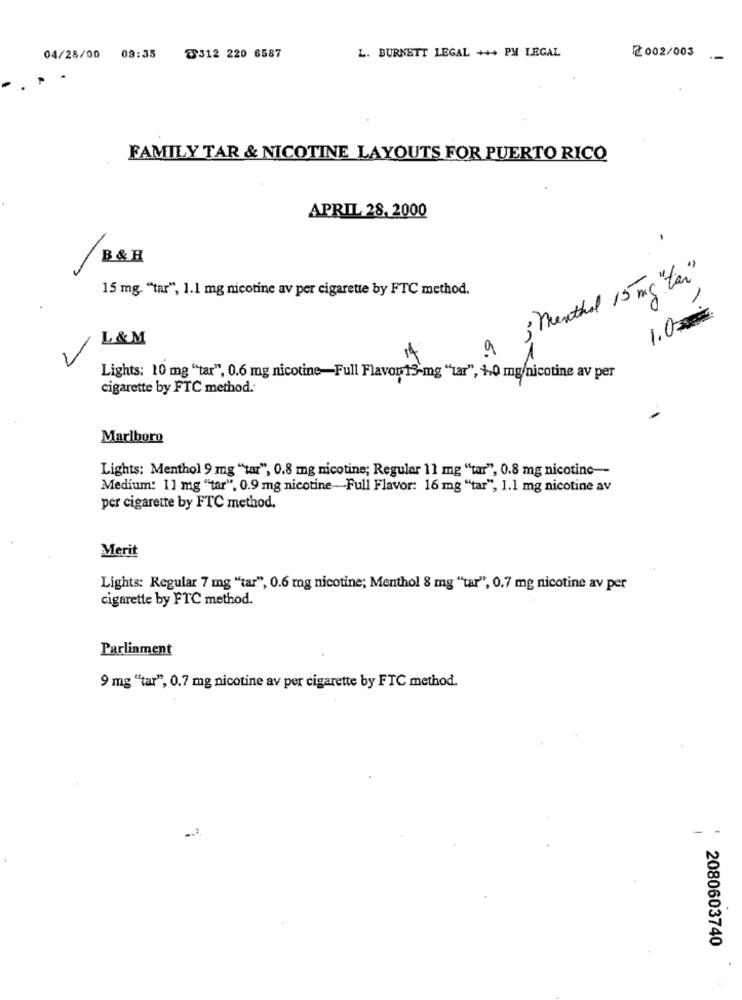
L. BURNETT LEGAL +++ PM LEGAL
2002/003
04/28/00
09:35
T312 220 6587
FAMILY TAR & NICOTINE LAYOUTS FOR PUERTO RICO
APRIL 28, 2000
/ B&H
; menthal 15 mg "tar"
15 mg. "tar", 1.1 mg nicotine av per cigarette by FTC method.
1.0
L &M
7
9
14
Lights: 10 mg "tar", 0.6 mg nicotine-Full Flavon13-mg "tar", +0 mg/nicotine av per
cigarette by FTC method.
Marlboro
Lights: Menthol 9 mg "tar", 0.8 mg nicotine; Regular 11 mg "tar", 0.8 mg nicotine --
Medium: 11 mg "tar". 0.9 mg nicotine-Full Flavor: 16 mg "tar", 1.1 mg nicotine av
per cigarette by FTC method.
Merit
Lights: Regular 7 mg "tar", 0.6 mg nicotine; Menthol 8 mg "tar", 0.7 mg nicotine av per
cigarette by FTC method.
Parliament
9 mg "tar", 0.7 mg nicotine av per cigarette by FTC method.
2080603740